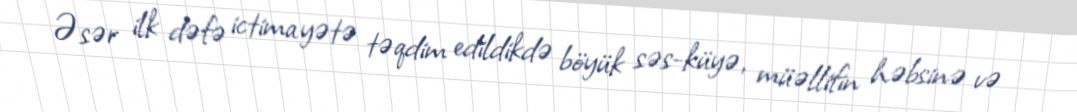
Əsər ilk dəfə ictimayətə təqdim edildikdə böyük səs-küyə, müəllifin həbsinə və